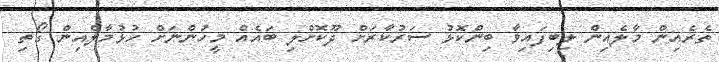
ތެރެއިން މާލެއިން ލިބިފައިވާ ބިންކޮޅު ސަރުކާރަށް ދޫކޮށްލި ބައެއް މީހުންނަށް ހުޅުމާލެއިން ގޯތި